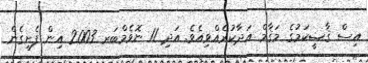
އިސް ޤާޟީކަމުގެ މަޤާމް އަދާކުރެއްވިއެވެ. އަދި 11 ނޮވެމްބަރ 2003 އިން ފެށިގެން